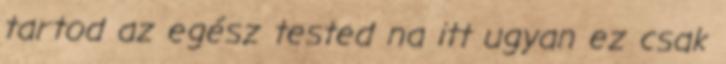
tartod az egész tested na itt ugyan ez csak